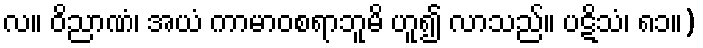
လ။ ဝိညာဏံ၊ အယံ ကာမာဝစရာဘူမိ ဟူ၍ လာသည်။ ပဋိသံ၊ ၈၁။)